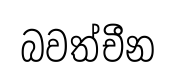
බවත්චීන